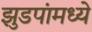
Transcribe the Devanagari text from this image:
झुडपांमध्ये